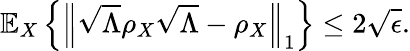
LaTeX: \mathbb{E}_{X}\left\{ \left\Vert{\sqrt{\Lambda}}\rho_{X}{\sqrt{\Lambda}}-\rho_{X}\right\Vert_{1}\right\} \leq 2{\sqrt{\epsilon}}.